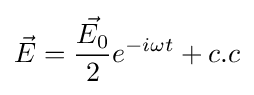
{\vec {E}}={\frac {\vec {E_{0}}}{2}}e^{-i\omega t}+c.c